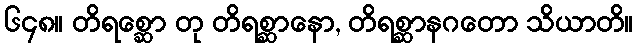
၆၄၈။ တိရစ္ဆော တု တိရစ္ဆာနော, တိရစ္ဆာနဂတော သိယာတိ။